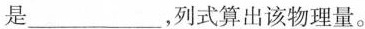
是\underline，式算出该物理量。